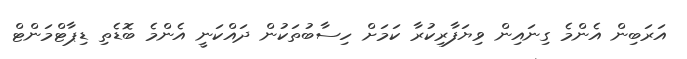
އަރަބިން އެންމެ ގިނައިން ވިޔަފާރިކުރާ ކަމަށް ހިސާބުތަކުން ދައްކަނީ އެންމެ ބޮޑެތި ޑިޕާޓްމަންޓް